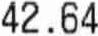
42.64